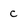
Character: C